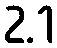
2.1